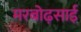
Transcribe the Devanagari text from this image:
मरबोढ़साई